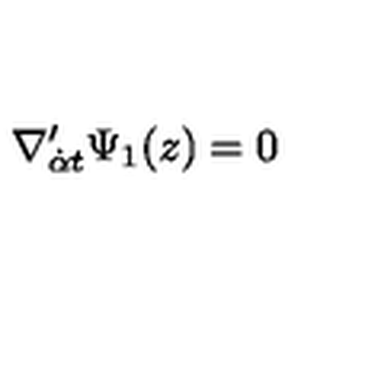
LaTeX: \nabla _ { { \dot { \alpha } } t } ^ { \prime } \Psi _ { 1 } ( z ) = 0